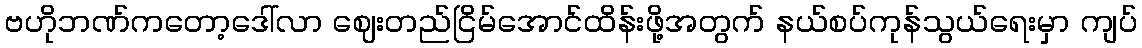
ဗဟိုဘဏ်ကတော့ဒေါ်လာ ဈေးတည်ငြိမ်အောင်ထိန်းဖို့အတွက် နယ်စပ်ကုန်သွယ်ရေးမှာ ကျပ်